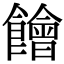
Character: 䭝